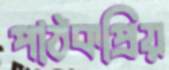
পাঠকপ্রিয়